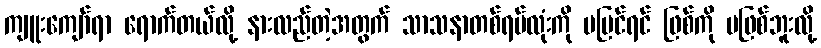
ကျူးကျော်ရာ ရောက်တယ်လို့ နားလည်တဲ့အတွက် သာသနာတစ်ရပ်လုံးကို မပြင်ရင် ဖြစ်ကို မဖြစ်ဘူးလို့